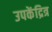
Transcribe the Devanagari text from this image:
उपकेंद्रित्र